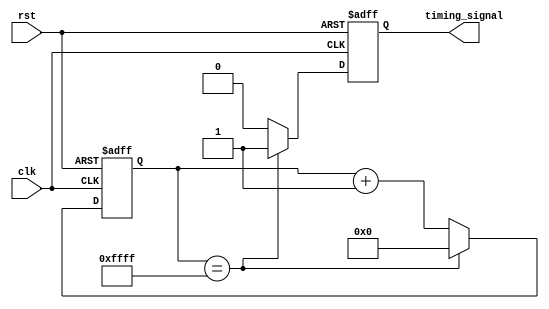
module periodic_timer (
    input wire clk,
    input wire rst,
    output reg timing_signal
);

reg [15:0] counter;
parameter PERIOD = 16'hFFFF; // Specify the period of the timer

always @(posedge clk or posedge rst) begin
    if (rst) begin
        counter <= 0;
        timing_signal <= 0;
    end else begin
        counter <= counter + 1;
        if (counter == PERIOD) begin
            counter <= 0;
            timing_signal <= 1; // Generate timing signal
        end else begin
            timing_signal <= 0;
        end
    end
end

endmodule